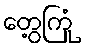
တွေ့ကြုံ